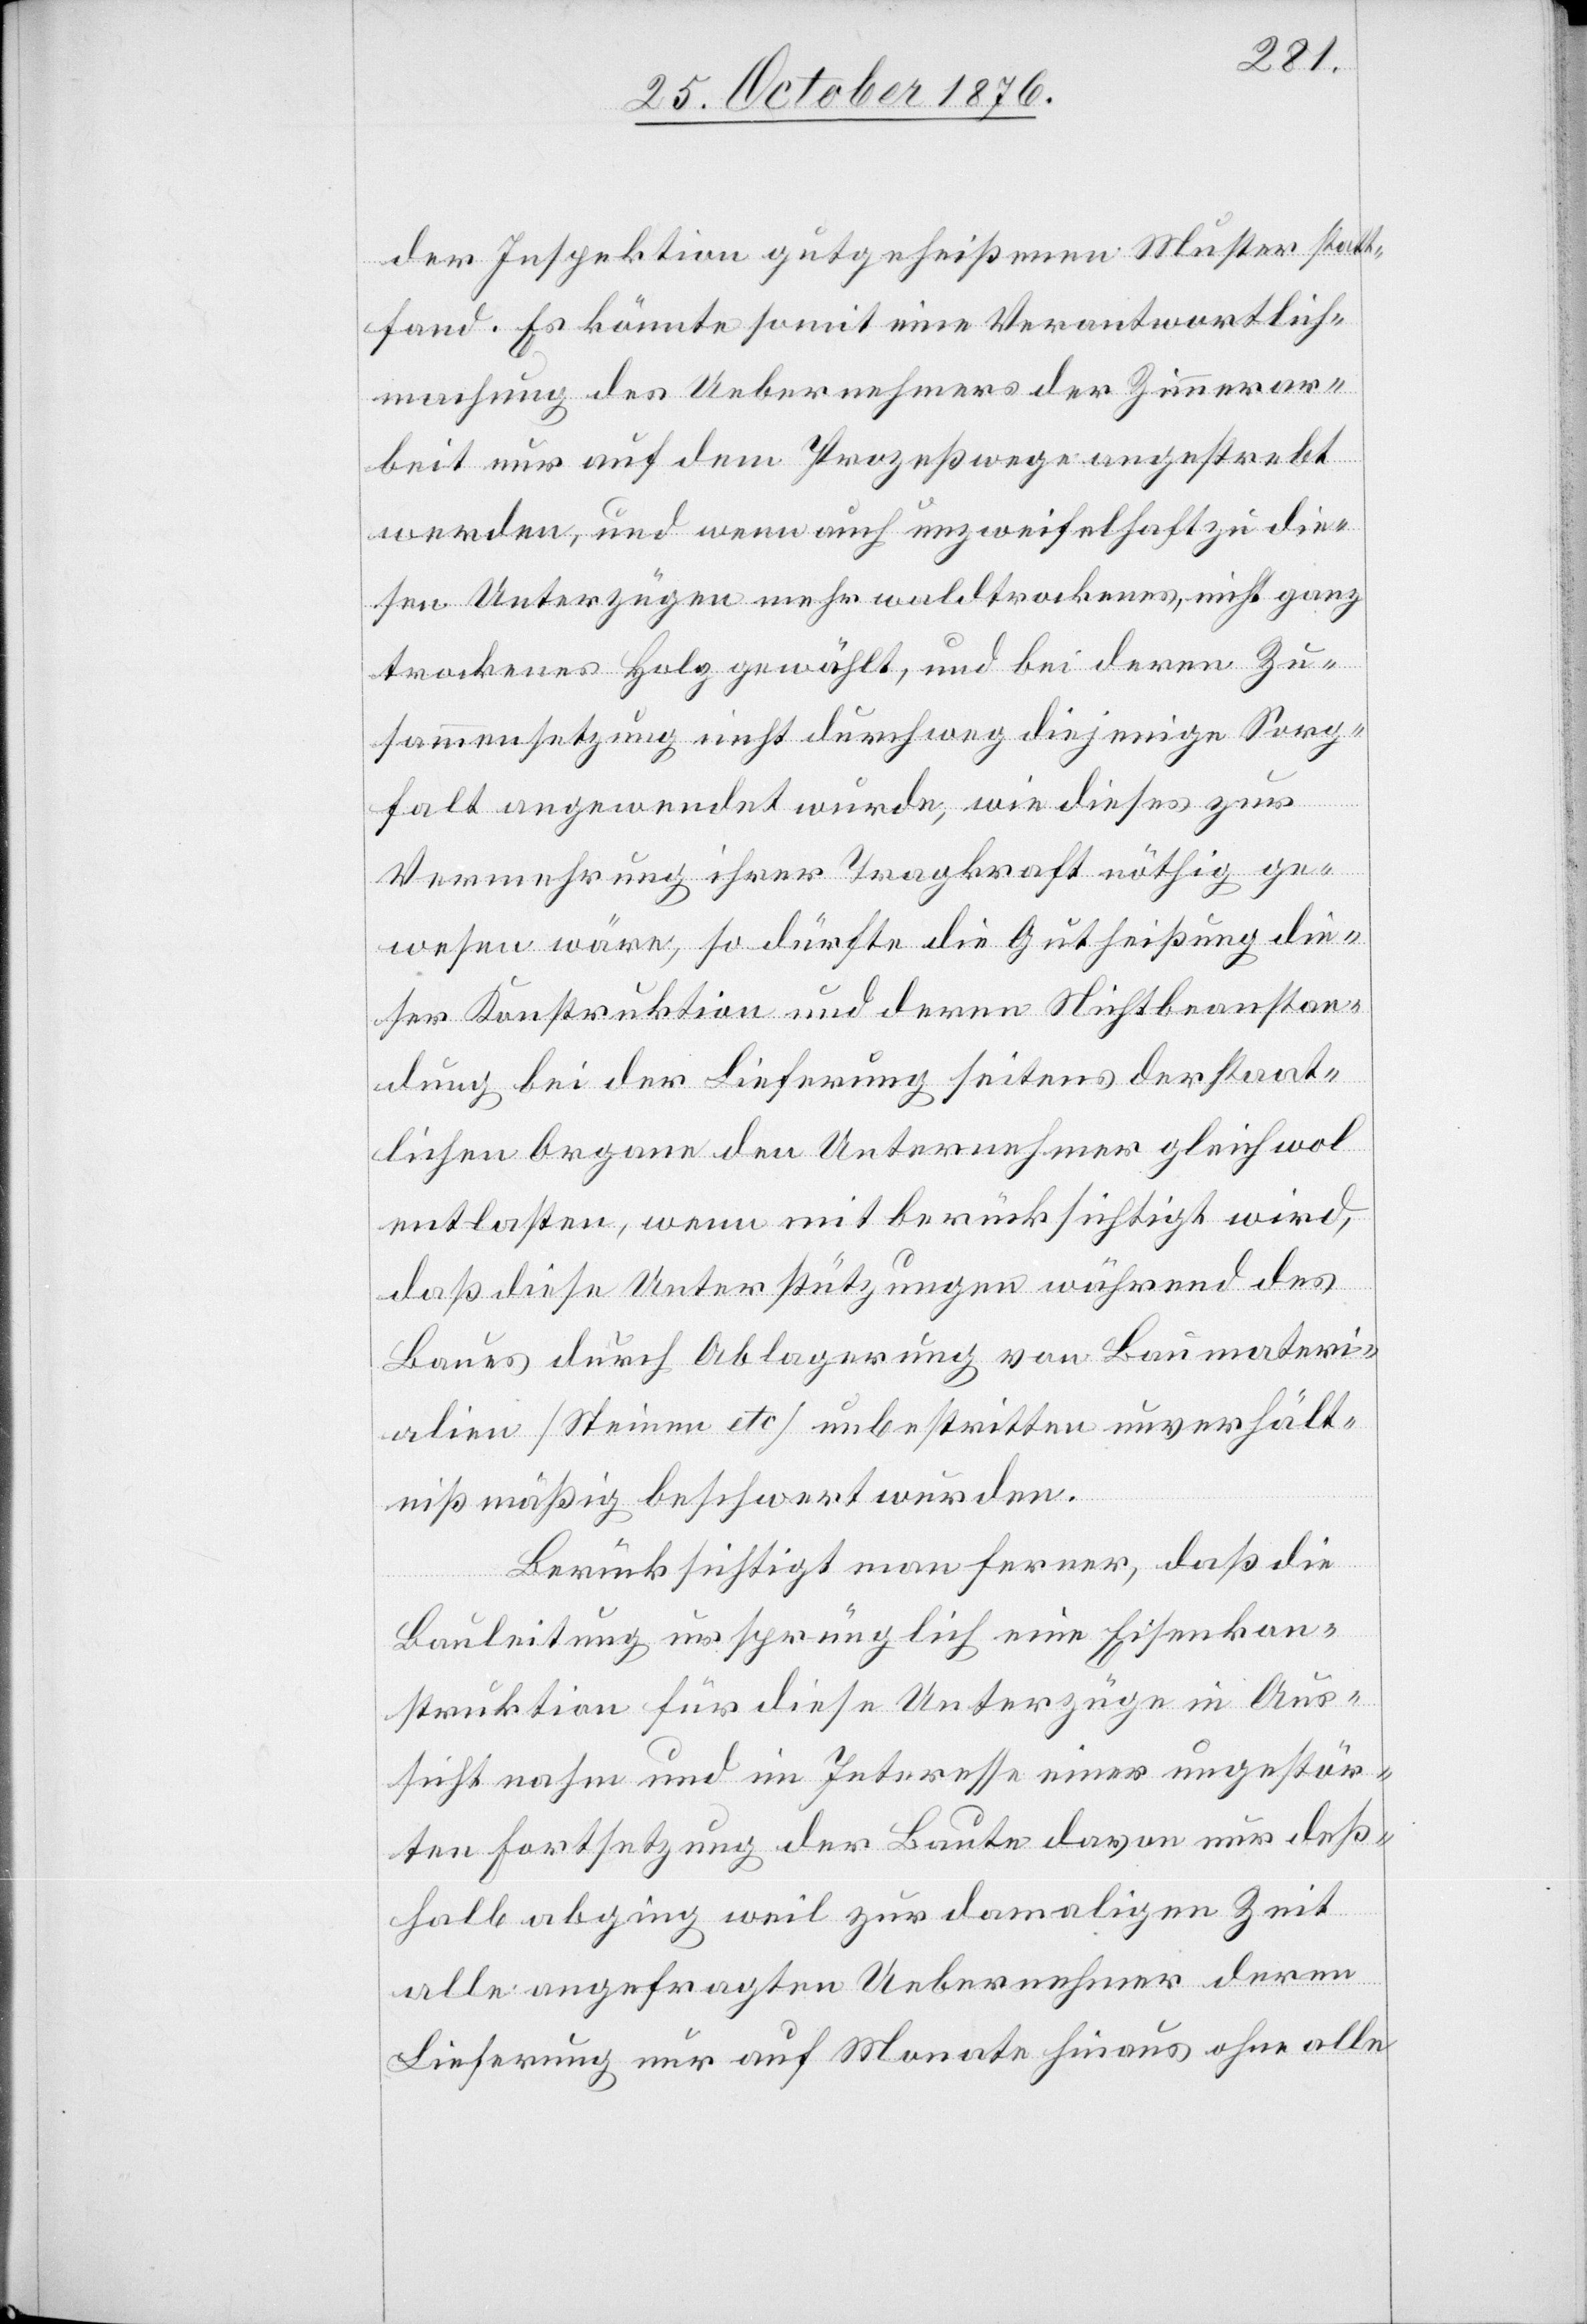
der Inspektion gutgeheißenen Muster statt¬
fand. Es könnte somit eine Verantwortlich¬
machung des Uebernehmers der Zimmerar¬
beit nur auf dem Prozeßwege angestrebt
werden, und wenn auch unzweifelhaft zu die¬
sen Unterzügen mehr waldtrockenes, nicht ganz
trockenes Holz gewählt, und bei deren Zu¬
sammensetzung nicht durchweg diejenige Sorg¬
falt angewendet wurde, wie dieses zur
Vermehrung ihrer Tragkraft nöthig ge¬
wesen wäre, so dürfte die Gutheißung die¬
ser Konstruktion und deren Nichtbeanstan¬
dung bei der Lieferung seitens der staat¬
lichen Organe den Unternehmer gleichwol
entlasten, wenn mitberücksichtigt wird,
daß diese Unterstützungen während des
Baues durch Ablagerung von Baumateri¬
alien [Steinen etc.] unbestritten unverhält¬
nißmäßig beschwert wurden.
Berücksichtigt man ferner, daß die
Bauleitung ursprünglich eine Eisenkon¬
struktion für diese Unterzüge in Aus¬
sicht nahm und im Interesse einer ungestör¬
ten Fortsetzung der Baute davon nur deß¬
halb abging weil zur damaligen Zeit
alle angefragten Uebernehmer deren
Lieferung nur auf Monate hinaus ohne alle